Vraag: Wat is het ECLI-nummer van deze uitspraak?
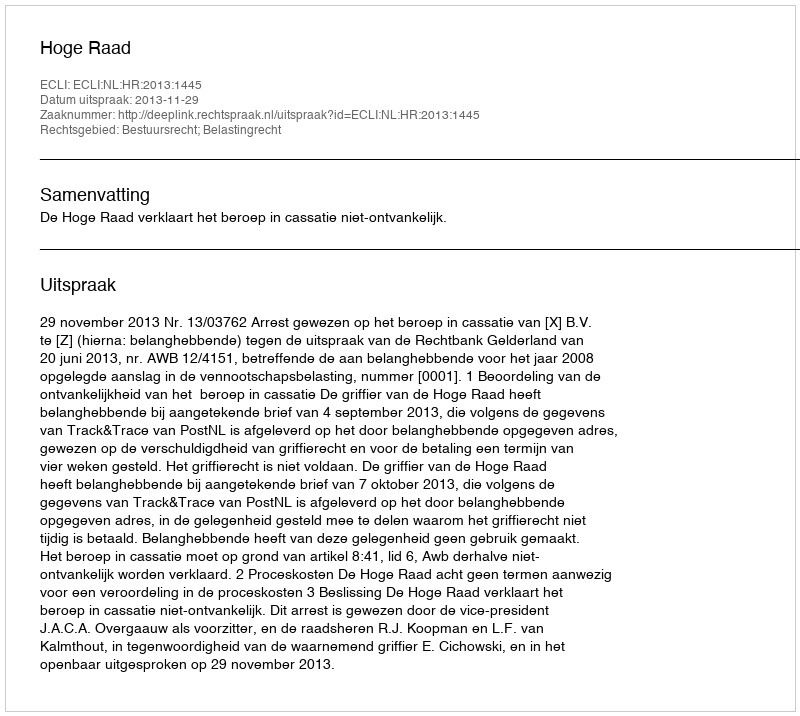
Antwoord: ECLI:NL:HR:2013:1445